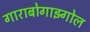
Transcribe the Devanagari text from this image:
गाराबोगाझ्गोल